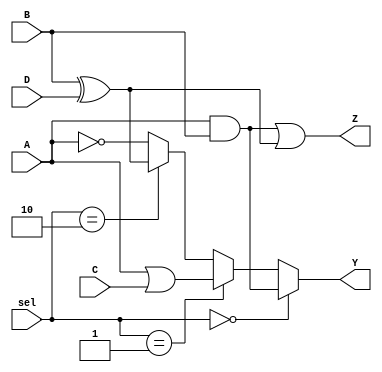
module CLB (
    input wire [3:0] A,      // 4-bit input vector
    input wire [3:0] B,      // 4-bit input vector
    input wire [3:0] C,      // 4-bit input vector
    input wire [3:0] D,      // 4-bit input vector
    input wire [1:0] sel,    // Select signal for multiplexer
    output wire [3:0] Y,     // 4-bit output vector
    output wire [3:0] Z      // 4-bit output vector
);

    // Internal wires for logic operations
    wire [3:0] and_out;
    wire [3:0] or_out;
    wire [3:0] xor_out;
    wire [3:0] not_out;

    // AND operation
    assign and_out = A & B;

    // OR operation
    assign or_out = A | C;

    // XOR operation
    assign xor_out = B ^ D;

    // NOT operation (inverted A)
    assign not_out = ~A;

    // Multiplexer for output Y based on sel
    assign Y = (sel == 2'b00) ? and_out :
               (sel == 2'b01) ? or_out :
               (sel == 2'b10) ? xor_out :
               not_out; // Default to NOT operation

    // Another output Z can be derived from different logic
    assign Z = and_out | xor_out; // Example of combining outputs

endmodule